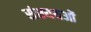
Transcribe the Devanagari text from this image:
संख्ययओं